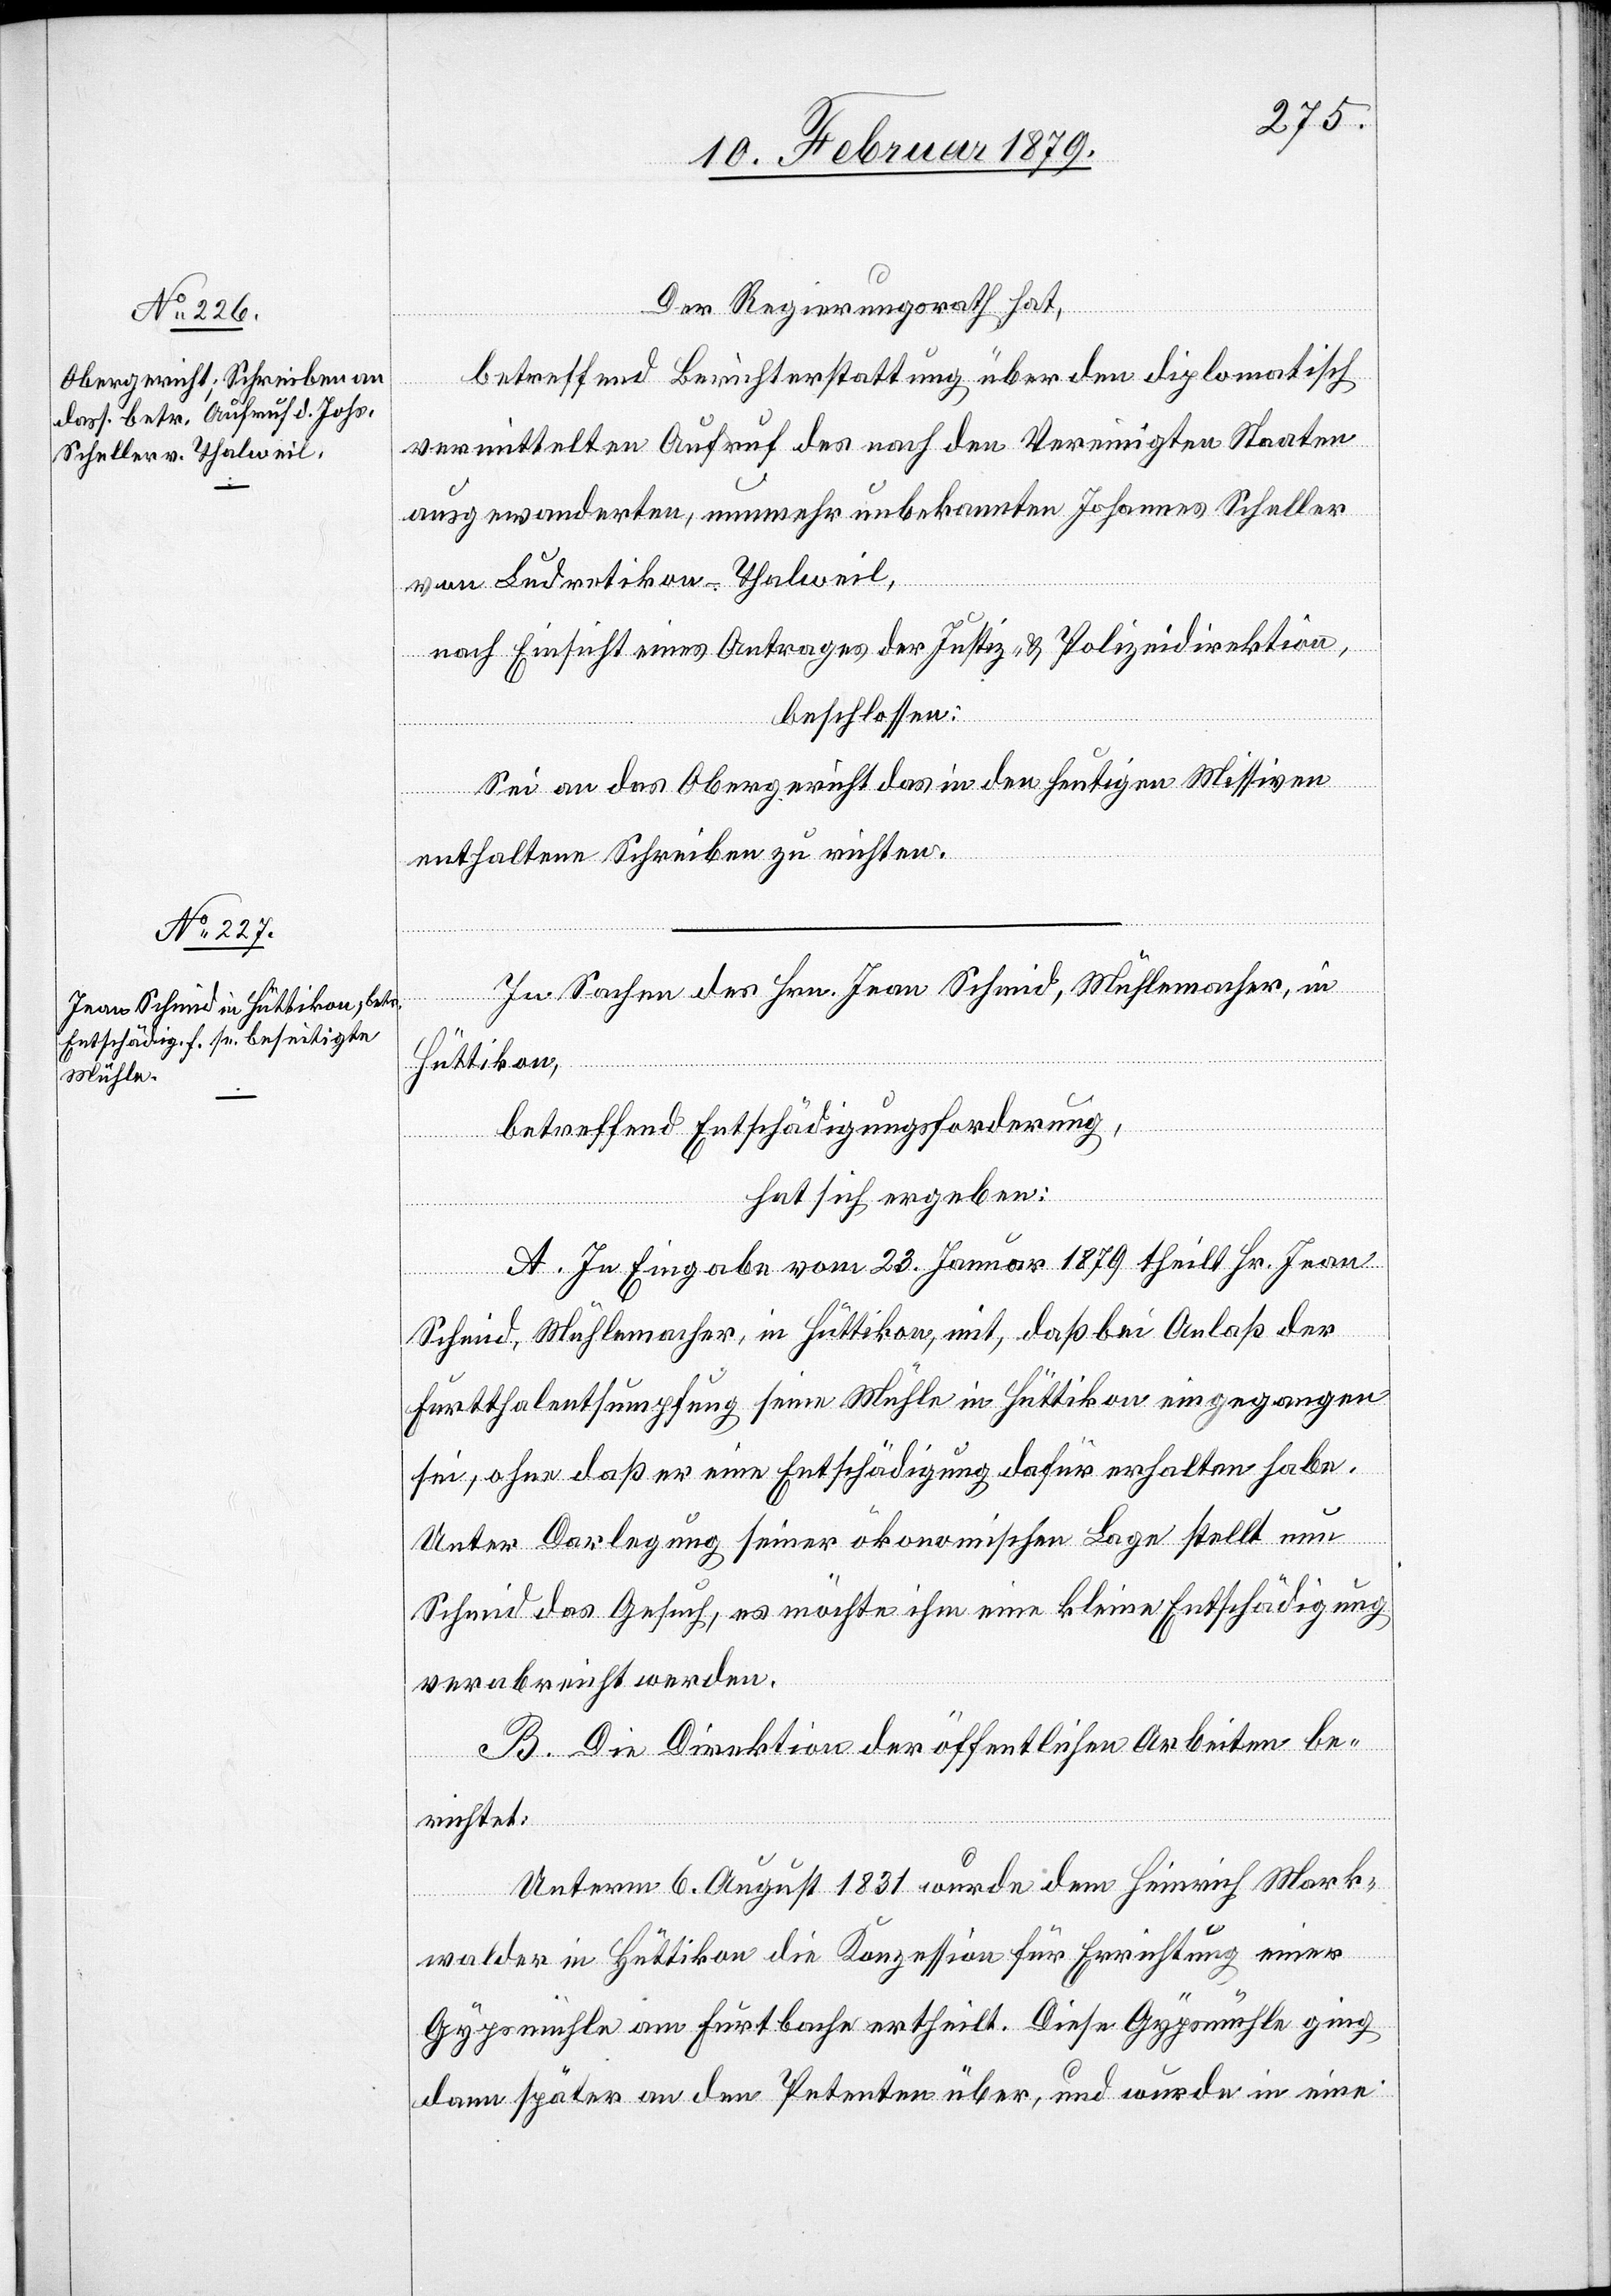
Der Regierungsrath hat,
betreffend Berichterstattung über den diplomatisch
vermittelten Aufruf des nach den Vereinigten Staaten
ausgewanderten, nunmehr unbekannten Johannes Scheller
von Ludretikon - Thalweil,
nach Einsicht eines Antrages der Justiz- & Polizeidirektion,
beschlossen:
Sei an das Obergericht das in den heutigen Missiven
enthaltene Schreiben zu richten.
In Sachen des Hrn. Jean Schmid, Mühlemacher, in
Hüttikon,
betreffend Entschädigungsforderung,
hat sich ergeben:
A. In Eingabe vom 23. Januar 1879 theilt Hr. Jean
Schmid, Mühlemacher, in Hüttikon, mit, daß bei Anlaß der
Furtthalentsumpfung seine Mühle in Hüttikon eingegangen
sei, ohne daß er eine Entschädigung dafür erhalten habe.
Unter Darlegung seiner ökonomischen Lage stellt nun
Schmid das Gesuch, es möchte ihm eine kleine Entschädigung
verabreicht werden.
B. Die Direktion der öffentlichen Arbeiten be¬
richtet:
Unterm 6. August 1831 wurde dem Heinrich Mark¬
walder in Hüttikon die Konzession für Errichtung einer
Gypsmühle am Furtbache ertheilt. Diese Gypsmühle ging
dann später an den Petenten über, und wurde in eine